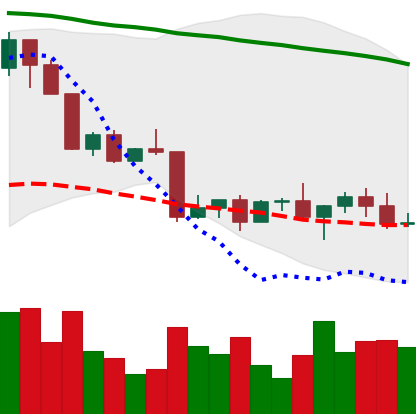
Ticker: LINK-USD
Chart end date: 2022-04-22
Forward return: -6.438%
Label: down_5_7